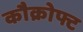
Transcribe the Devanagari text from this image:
कौक्रोफ्ट